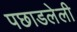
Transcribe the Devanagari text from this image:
पछाडलेली